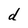
Character: d